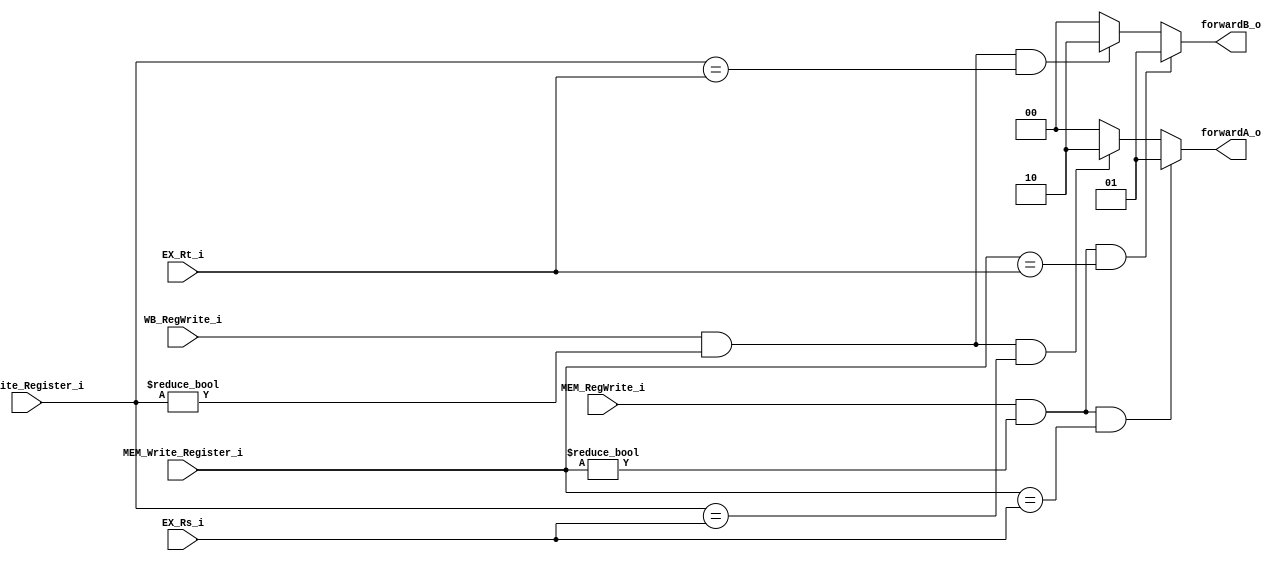
// 110550108
module Forwarding(
    EX_Rs_i,
    EX_Rt_i,
    MEM_RegWrite_i,
    MEM_Write_Register_i,
    WB_RegWrite_i,
    WB_Write_Register_i,
    forwardA_o,
    forwardB_o
);

input  [4:0] EX_Rs_i;
input  [4:0] EX_Rt_i;
input        MEM_RegWrite_i;
input  [4:0] MEM_Write_Register_i;
input        WB_RegWrite_i;
input  [4:0] WB_Write_Register_i;

output [1:0] forwardA_o;
output [1:0] forwardB_o;

reg    [1:0] forwardA_o;
reg    [1:0] forwardB_o;

always @(*) begin
    // Rs
    // EX hazard
    if (MEM_RegWrite_i && MEM_Write_Register_i != 0 && MEM_Write_Register_i == EX_Rs_i) begin
        forwardA_o <= 2'b01;
    end
    // MEM hazard
    else if (WB_RegWrite_i && WB_Write_Register_i != 0 && WB_Write_Register_i == EX_Rs_i) begin
        forwardA_o <= 2'b10;
    end
    else begin
        forwardA_o <= 2'b00;
    end

    // Rt
    // EX hazard
    if (MEM_RegWrite_i && MEM_Write_Register_i != 0 && MEM_Write_Register_i == EX_Rt_i) begin
        forwardB_o <= 2'b01;
    end
    // MEM hazard
    else if (WB_RegWrite_i && WB_Write_Register_i != 0 && WB_Write_Register_i == EX_Rt_i) begin
        forwardB_o <= 2'b10;
    end
    else begin
        forwardB_o <= 2'b00;
    end
end

endmodule